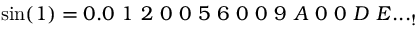
\sin ( 1 ) = 0 . 0 \ 1 \ 2 \ 0 \ 0 \ 5 \ 6 \ 0 \ 0 \ 9 \ A \ 0 \ 0 \ D \ E . . . _ { ! }